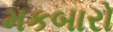
મકબારો